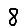
Digit: 8